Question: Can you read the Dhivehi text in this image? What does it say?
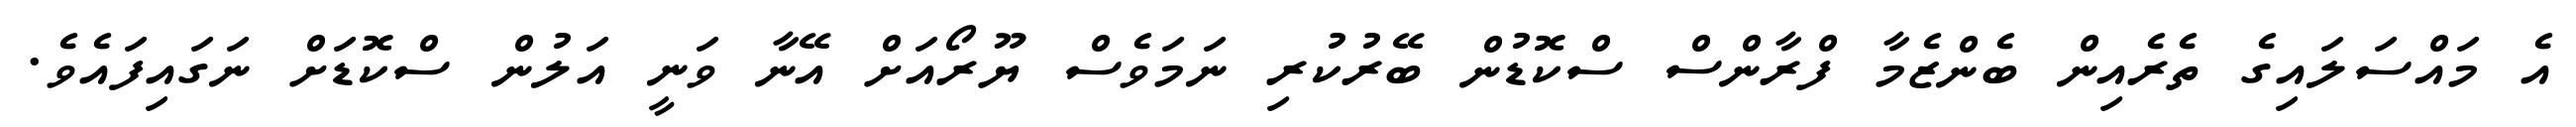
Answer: އެ މައްސަލައިގެ ތެރެއިން ބެންޒެމާ ފްރާންސް ސްކޮޑުން ބޭރުކުރި ނަމަވެސް ޔޫރޯއަށް އޭނާ ވަނީ އަލުން ސްކޮޑަށް ނަގައިފައެވެ.